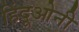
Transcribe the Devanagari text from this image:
हिंदूओनी